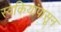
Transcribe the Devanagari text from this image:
स्वकियांपासून